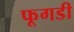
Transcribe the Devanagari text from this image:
फूगडी